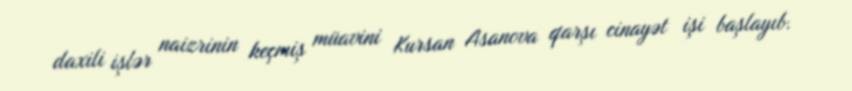
daxili işlər naizrinin keçmiş müavini Kursan Asanova qarşı cinayət işi başlayıb.